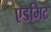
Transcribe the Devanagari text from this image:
एडमिट